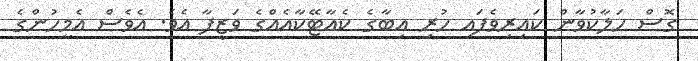
ގޮސް ހަލާކުވާން ކައިރިވެފައި ހުރި އިބާގެ ކެއާޓޭކާއެއްގެ ވަޒީފާ އެވެ. އެވެސް އެމީހުންގެ